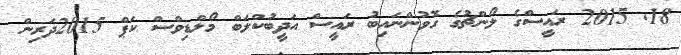
18